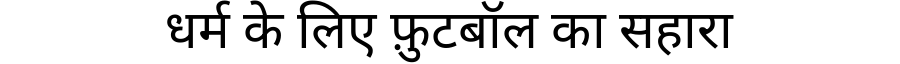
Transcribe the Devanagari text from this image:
धर्म के लिए फ़ुटबॉल का सहारा